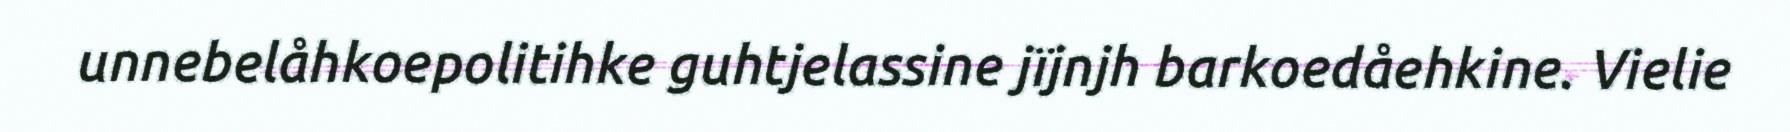
unnebelåhkoepolitihke guhtjelassine jïjnjh barkoedåehkine. Vielie